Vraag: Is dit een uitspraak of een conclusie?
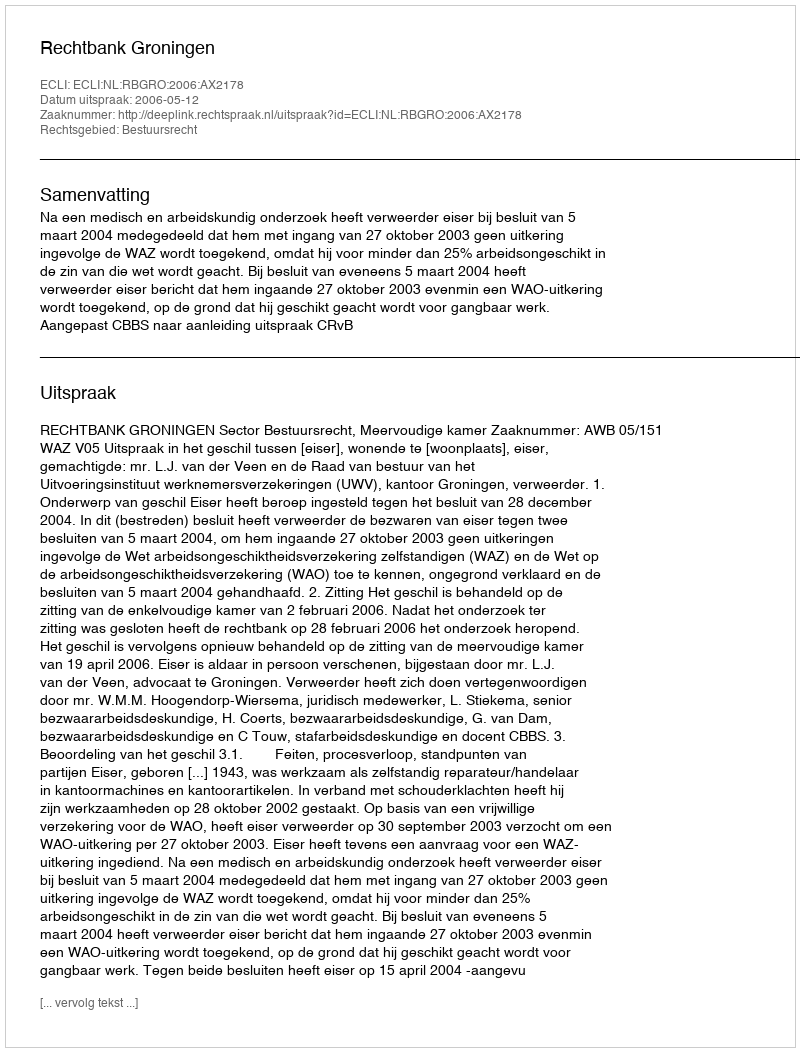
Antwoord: Uitspraak